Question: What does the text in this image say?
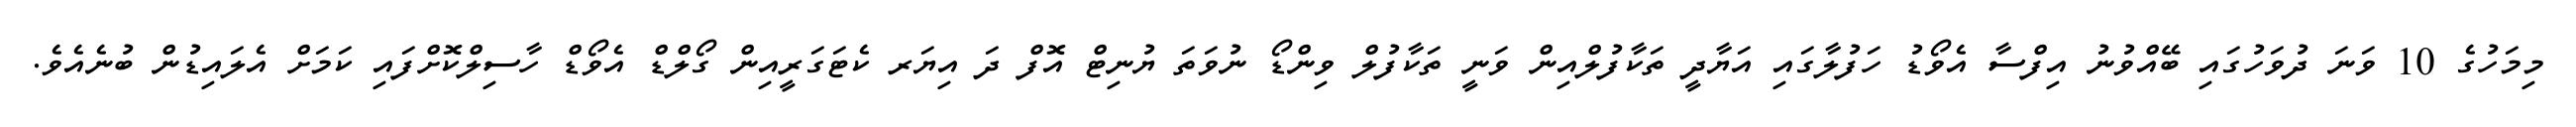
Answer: މިމަހުގެ 10 ވަނަ ދުވަހުގައި ބޭއްވުނު އިފްސާ އެވޯޑު ހަފުލާގައި އަޔާދީ ތަކާފުލްއިން ވަނީ ތަކާފުލް ވިންޑޯ ނުވަތަ ޔުނިޓް އޮފް ދަ އިޔަރ ކެޓަގަރީއިން ގޯލްޑް އެވޯޑް ހާސިލްކޮށްފައި ކަމަށް އެލައިޑުން ބުނެއެވެ.